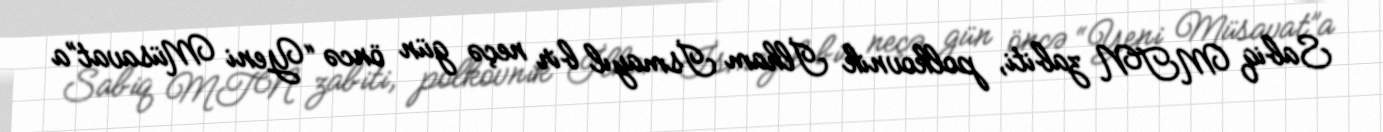
Sabiq MTN zabiti, polkovnik İlham İsmayıl bir neçə gün öncə “Yeni Müsavat”a